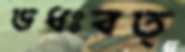
ডধঃবত্